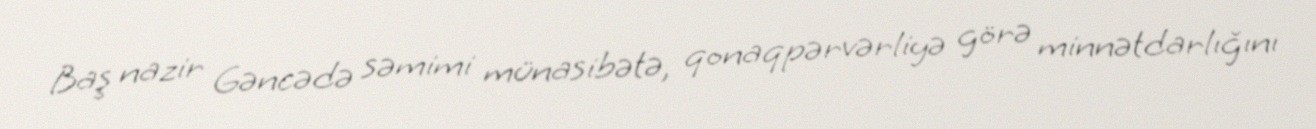
Baş nazir Gəncədə səmimi münasibətə, qonaqpərvərliyə görə minnətdarlığını